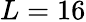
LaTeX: L=16